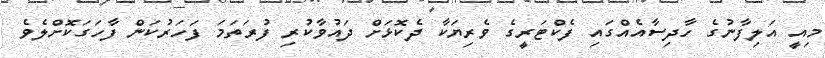
މިއީ އަލިފާނުގެ ހާދިސާއެއްގައި ފެކްޓަރީގެ ވެރިޔަކާ ދެކޮޅަށް ދައުވާކުރި ފުރަތަމަ ފަހަރުކަން ފާހަގަކޮށްލެވެ